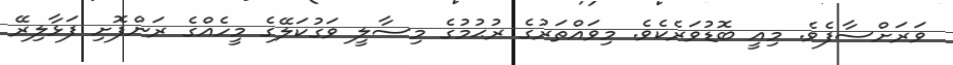
ވަރަށްސާފެވެ. މިއީ ބޮޑުވަރެކެވެ. މިވައްތަރުގެ ރުޙުމުގެ މިސާލީ ވަގުކަލޭގެ މީހެއްގެ ރަންފޮށި ފަޅާލިރޭ